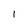
Character: I